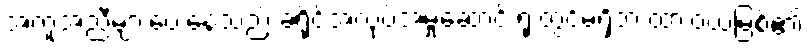
အကူအညီများပေးနေသည့် ခရိုင်အလုပ်အမှုဆောင် ရုံးတွင်မရှိဘဲ ထားဝယ်မြစ်၏